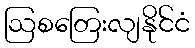
ဩစတြေးလျနိုင်ငံ